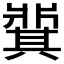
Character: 𬌋